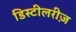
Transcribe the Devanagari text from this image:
डिस्टीलरीज़